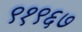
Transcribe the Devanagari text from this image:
९१९६७